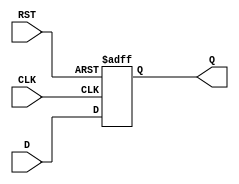
module FlipFlopRegister #(
    parameter N = 8  // Register width (number of bits)
)(
    input wire [N-1:0] D,    // Data input
    input wire CLK,           // Clock input
    input wire RST,           // Reset input
    output reg [N-1:0] Q      // Data output
);

    // Asynchronous reset
    always @(posedge CLK or posedge RST) begin
        if (RST) begin
            Q <= {N{1'b0}}; // Set all bits to 0
        end else begin
            Q <= D; // Load data on clock edge
        end
    end

endmodule